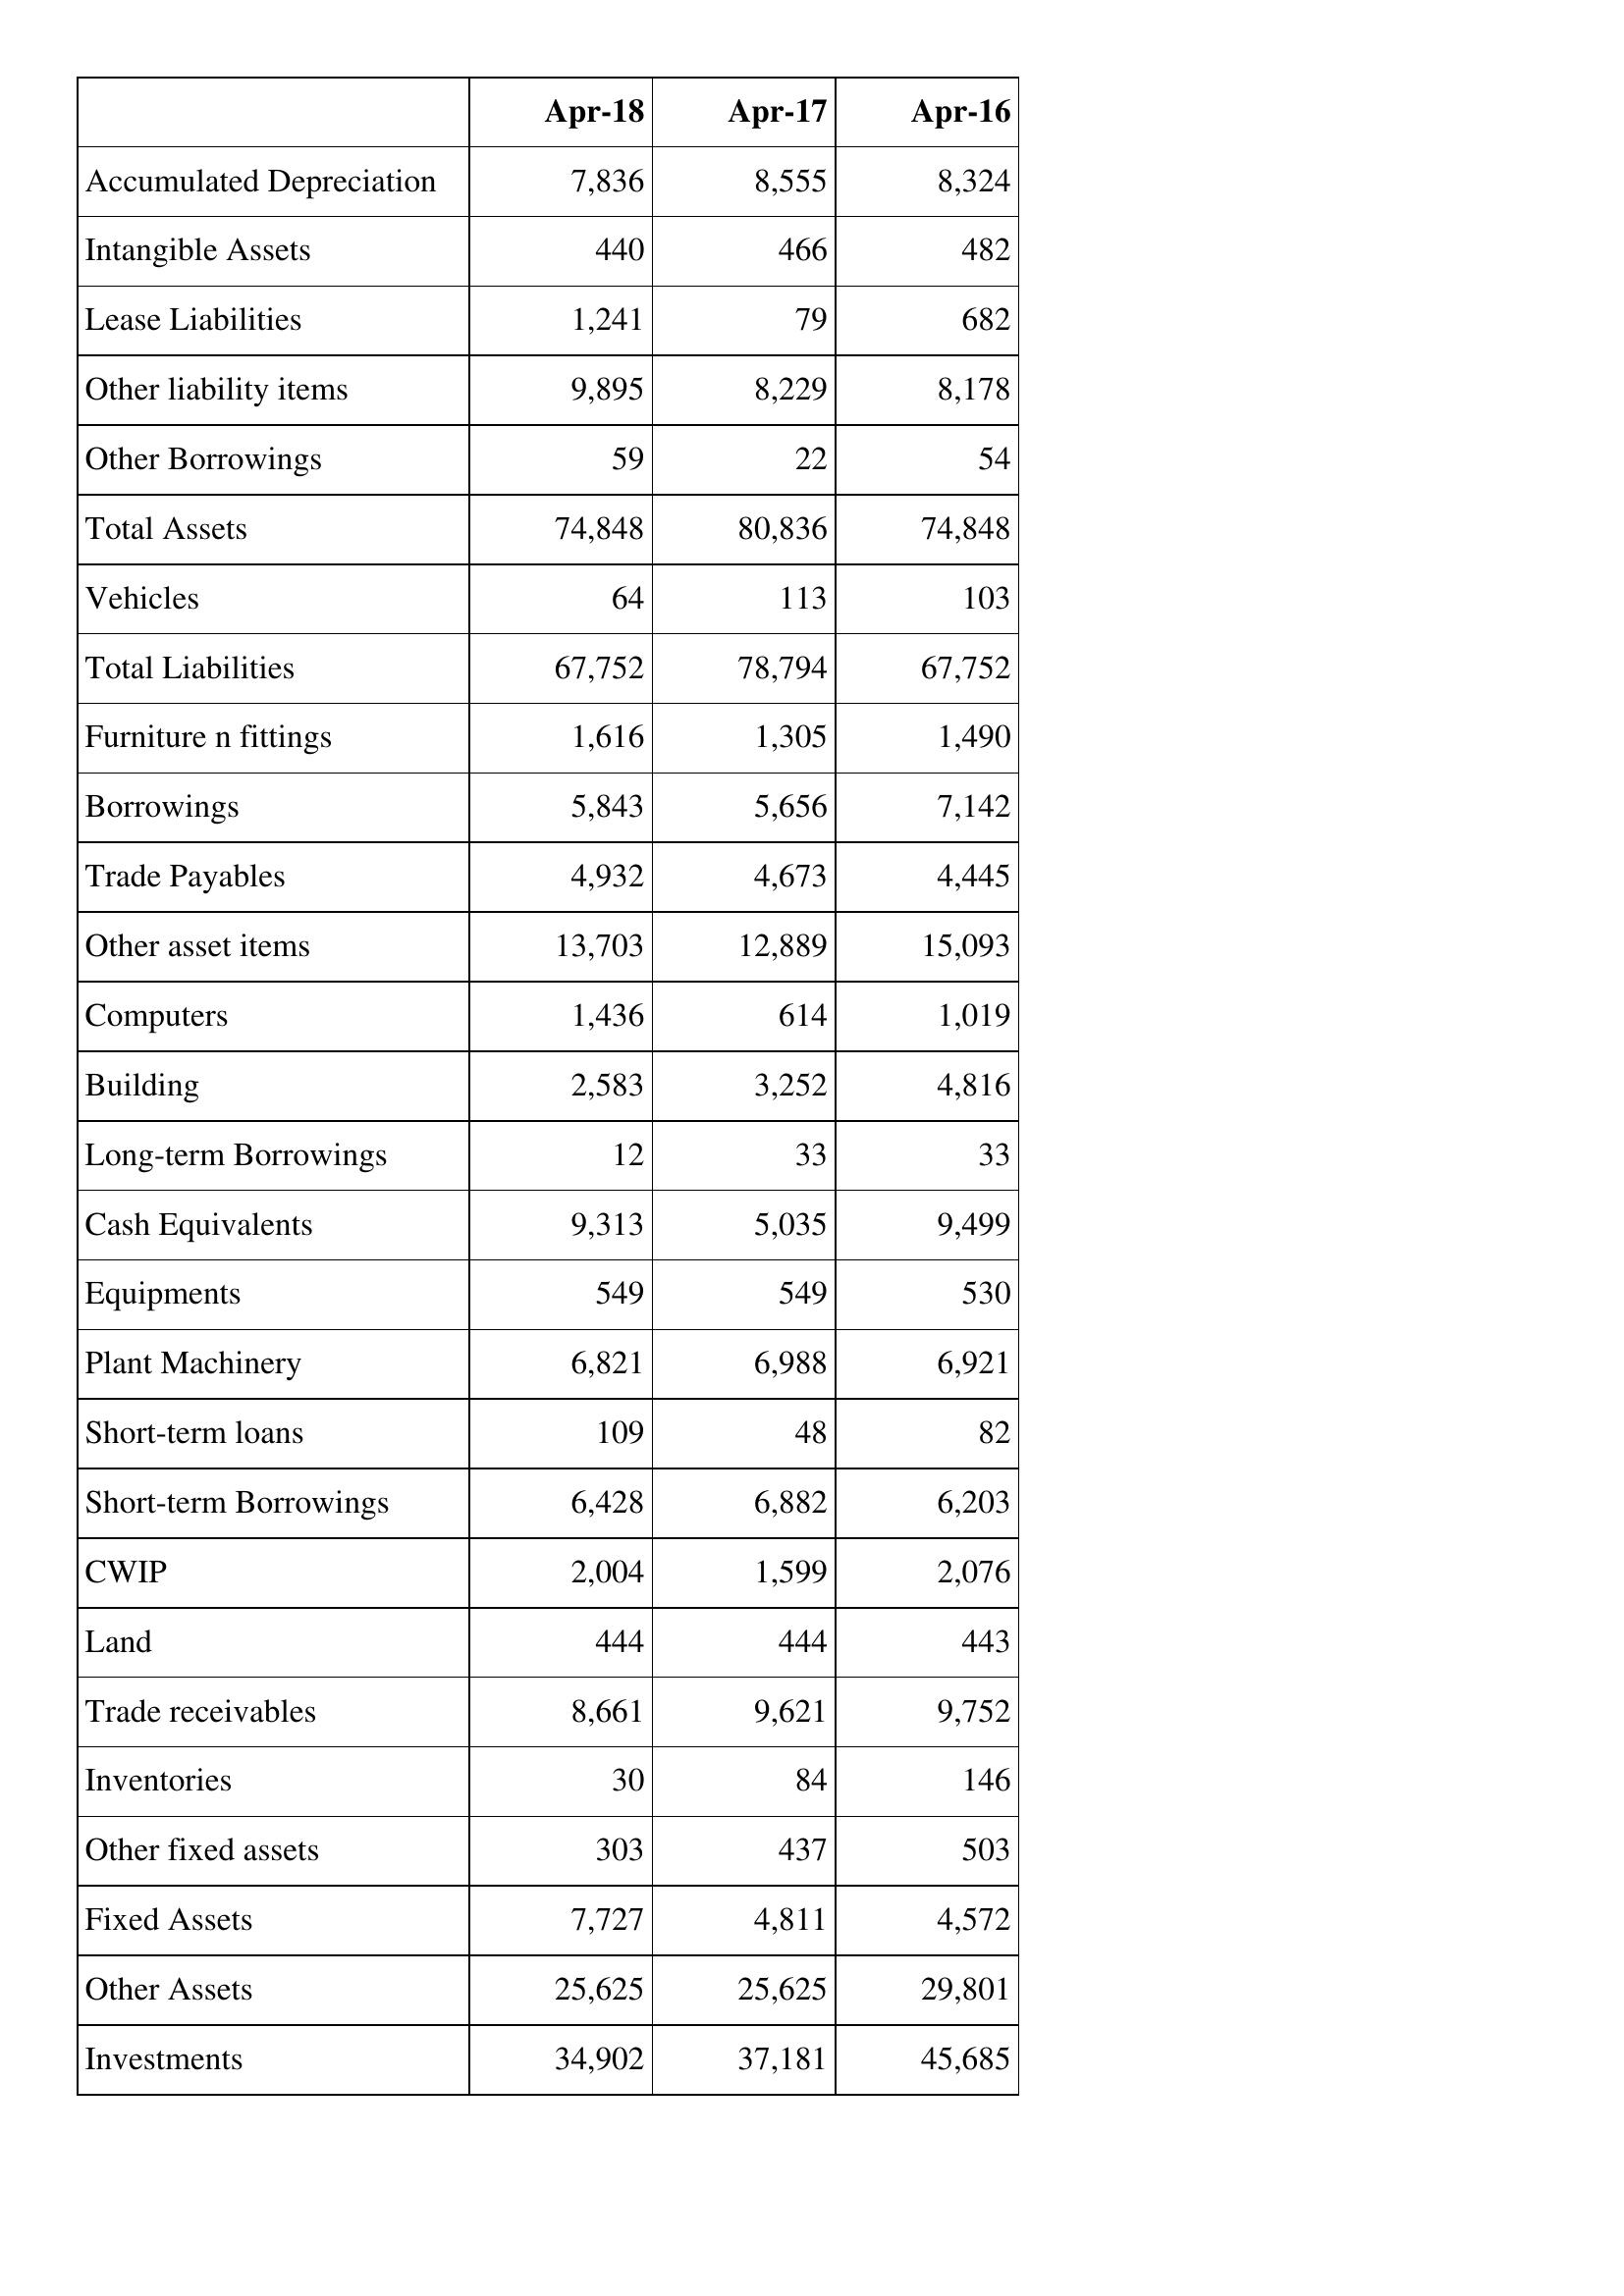
Apr-18: Balance Sheet: Accumulated Depreciation: 7,836
Intangible Assets: 440
Lease Liabilities: 1,241
Other liability items: 9,895
Other Borrowings: 59
Total Assets: 74,848
Vehicles: 64
Total Liabilities: 67,752
Furniture n fittings: 1,616
Borrowings: 5,843
Trade Payables: 4,932
Other asset items: 13,703
Computers: 1,436
Building: 2,583
Long-term Borrowings: 12
Cash Equivalents: 9,313
Equipments: 549
Plant Machinery: 6,821
Short-term loans: 109
Short-term Borrowings: 6,428
CWIP: 2,004
Land: 444
Trade receivables: 8,661
Inventories: 30
Other fixed assets: 303
Fixed Assets: 7,727
Other Assets: 25,625
Investments: 34,902
Apr-17: Balance Sheet: Accumulated Depreciation: 8,555
Intangible Assets: 466
Lease Liabilities: 79
Other liability items: 8,229
Other Borrowings: 22
Total Assets: 80,836
Vehicles: 113
Total Liabilities: 78,794
Furniture n fittings: 1,305
Borrowings: 5,656
Trade Payables: 4,673
Other asset items: 12,889
Computers: 614
Building: 3,252
Long-term Borrowings: 33
Cash Equivalents: 5,035
Equipments: 549
Plant Machinery: 6,988
Short-term loans: 48
Short-term Borrowings: 6,882
CWIP: 1,599
Land: 444
Trade receivables: 9,621
Inventories: 84
Other fixed assets: 437
Fixed Assets: 4,811
Other Assets: 25,625
Investments: 37,181
Apr-16: Balance Sheet: Accumulated Depreciation: 8,324
Intangible Assets: 482
Lease Liabilities: 682
Other liability items: 8,178
Other Borrowings: 54
Total Assets: 74,848
Vehicles: 103
Total Liabilities: 67,752
Furniture n fittings: 1,490
Borrowings: 7,142
Trade Payables: 4,445
Other asset items: 15,093
Computers: 1,019
Building: 4,816
Long-term Borrowings: 33
Cash Equivalents: 9,499
Equipments: 530
Plant Machinery: 6,921
Short-term loans: 82
Short-term Borrowings: 6,203
CWIP: 2,076
Land: 443
Trade receivables: 9,752
Inventories: 146
Other fixed assets: 503
Fixed Assets: 4,572
Other Assets: 29,801
Investments: 45,685